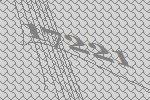
17221